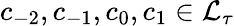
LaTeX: c_{-2},c_{-1},c_{0},c_{1}\in\mathcal{L}_{\tau}